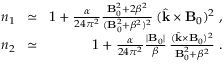
\begin{array} { r l r } { n _ { 1 } \! } & { \simeq } & { \! 1 + \frac { \alpha } { 2 4 \pi ^ { 2 } } \frac { { \bf B } _ { 0 } ^ { 2 } + 2 \beta ^ { 2 } } { ( { \bf B } _ { 0 } ^ { 2 } + \beta ^ { 2 } ) ^ { 2 } } \, ( \hat { { \bf k } } \times { \bf B } _ { 0 } ) ^ { 2 } \; , } \\ { n _ { 2 } \! } & { \simeq } & { \! 1 + \frac { \alpha } { 2 4 \pi ^ { 2 } } \frac { | { \bf B } _ { 0 } | } { \beta } \, \frac { ( \hat { { \bf k } } \times { \bf B } _ { 0 } ) ^ { 2 } } { { \bf B } _ { 0 } ^ { 2 } + \beta ^ { 2 } } \; . } \end{array}